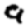
Digit: 9